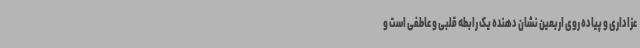
عزاداری و پیاده روی اربعین نشان دهنده یک رابطه قلبی و عاطفی است و